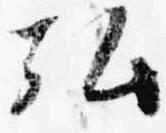
弘